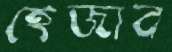
হেজাব